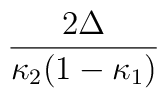
\frac{2\Delta }{\kappa _{2}(1-\kappa _{1})}